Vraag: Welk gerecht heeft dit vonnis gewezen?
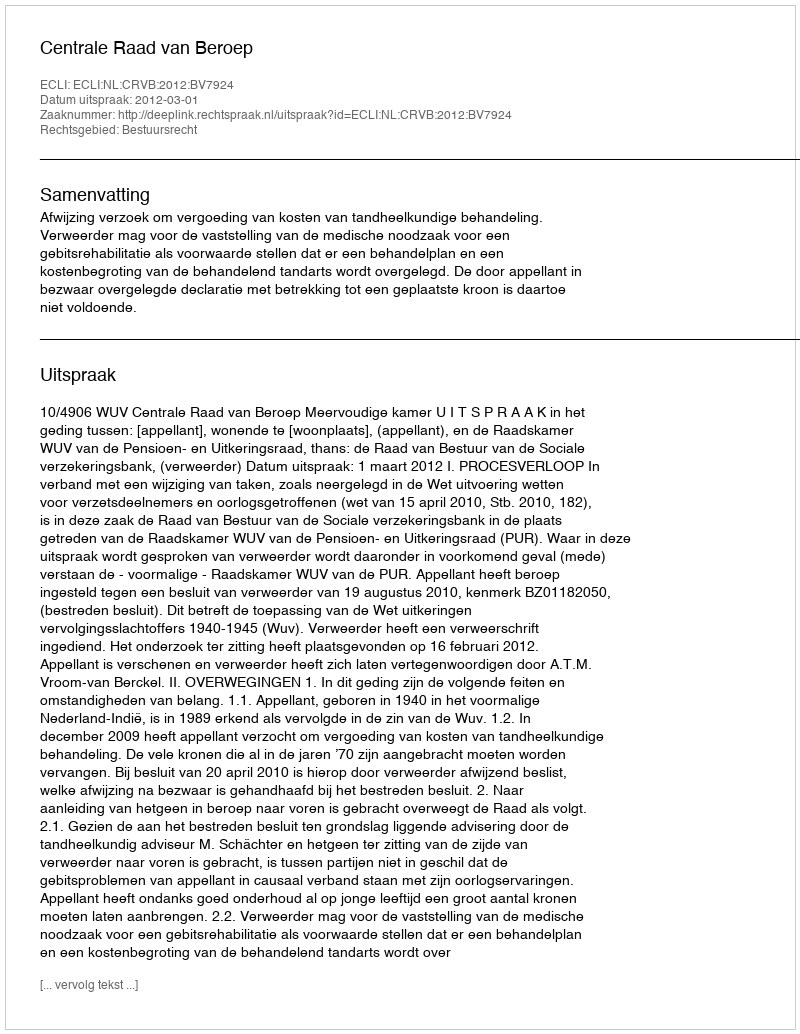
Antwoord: Centrale Raad van Beroep